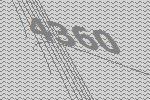
4360